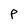
Character: P